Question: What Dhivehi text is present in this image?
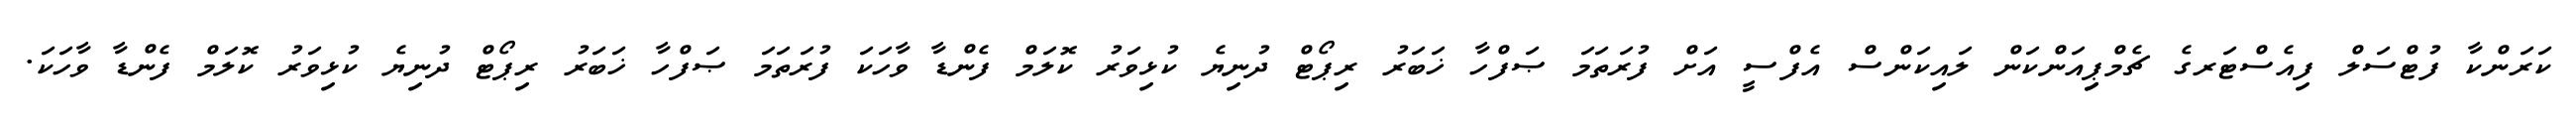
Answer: ކަރަންކާ ފުޓްސަލް ފިއެސްޓަރގެ ޗެމްޕިިއަންކަން ލައިކަންސް އެފްސީ އަށް ފުރަތަމަ ޞަފްހާ ޚަބަރު ރިޕޯޓް ދުނިޔެ ކުޅިވަރު ކޮލަމް ފެންޑާ ވާހަކަ ފުރަތަމަ ޞަފްހާ ޚަބަރު ރިޕޯޓް ދުނިޔެ ކުޅިވަރު ކޮލަމް ފެންޑާ ވާހަކަ.